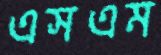
এসএম